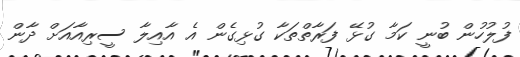
ފުލުހުން ބުނީ ކަމާ ގުޅޭ ފަރާތްތަކާ ގުޅިގެން އެ އާއިލާ ސީރިއާއަށް ދާން